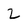
Character: 2